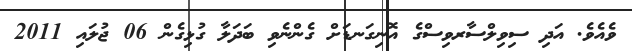
ވެއެވެ. އަދި ސިވިލްސާރވިސްގެ އޮނިގަނޑަށް ގެންނެވި ބަދަލާ ގުޅިގެން 06 ޖުލައި 2011